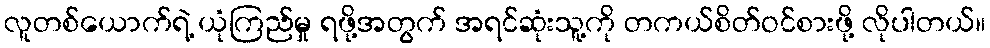
လူတစ်ယောက်ရဲ့ ယုံကြည်မှု ရဖို့အတွက် အရင်ဆုံးသူ့ကို တကယ်စိတ်ဝင်စားဖို့ လိုပါတယ်။